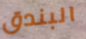
البندق